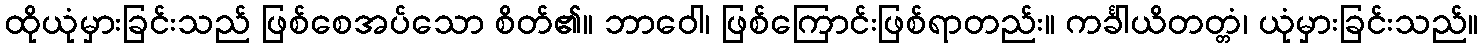
ထိုယုံမှားခြင်းသည် ဖြစ်စေအပ်သော စိတ်၏။ ဘာဝေါ၊ ဖြစ်ကြောင်းဖြစ်ရာတည်း။ ကင်္ခါယိတတ္တံ၊ ယုံမှားခြင်းသည်။